Civil Veterinary Department. Madras. Admin. report 1926-33 - 1926-1933
Year: 1926
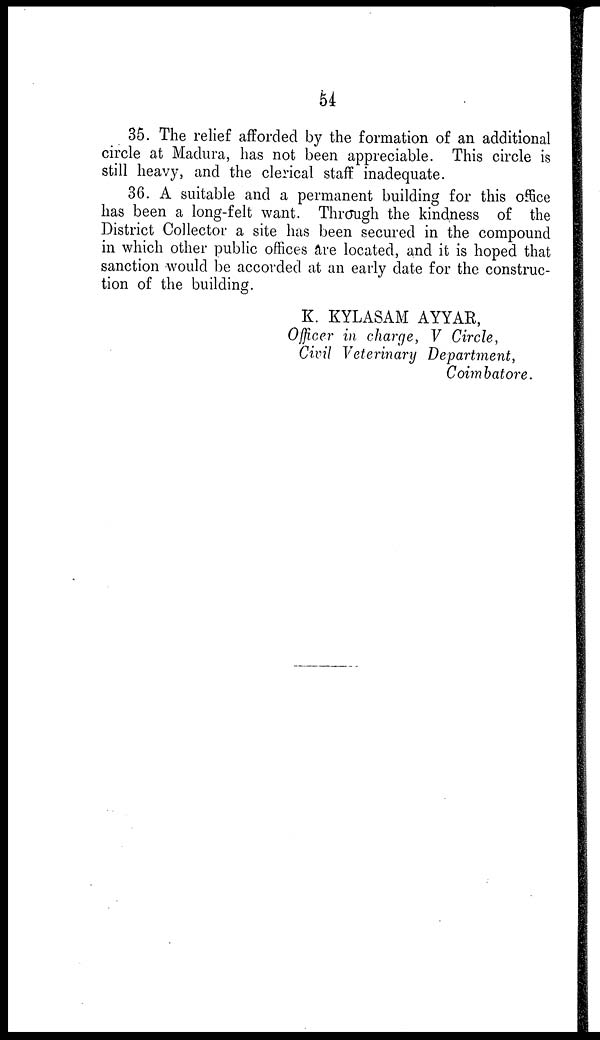
54
35. The relief afforded by the formation of an additional
circle at Madura, has not been appreciable. This circle is
still heavy, and the clerical staff inadequate.
36. A suitable and a permanent building for this office
has been a long-felt want. Through the kindness of the
District Collector a site has been secured in the compound
in which other public offices are located, and it is hoped that
sanction would be accorded at an early date for the construc-
tion of the building.
K. KYLASAM AYYAR,
Officer in charge, V Circle,
Civil Veterinary Department,
Coimbatore.